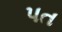
પત